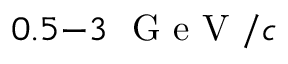
0 . 5 { - } 3 ~ \mathrm { ~ G ~ e ~ V ~ } / c